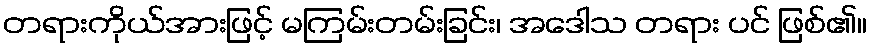
တရားကိုယ်အားဖြင့် မကြမ်းတမ်းခြင်း၊ အဒေါသ တရား ပင် ဖြစ်၏။